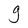
Character: g